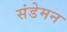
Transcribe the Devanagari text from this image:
संडेमन